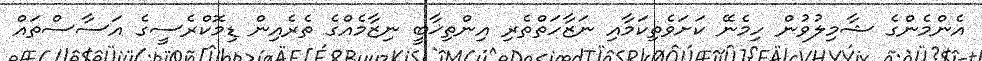
އެންމެންގެ ޝާމިލުވުން ހިމެނޭ ކަށަވެތިކަމާއި ނަޒާހަތްތެރި އިންތިޚާބީ ނިޒާމެއްގެ ތެރެއިން ޑިމޮކްރެސީގެ އަސާސްތައް